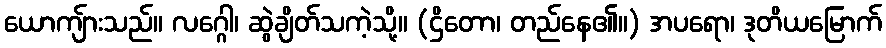
ယောကျ်ားသည်။ လဂ္ဂေါ၊ ဆွဲချိတ်သကဲ့သို့။ (ဌိတော၊ တည်နေ၏။) အပရော၊ ဒုတိယမြောက်